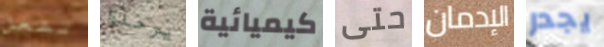
تفعل يرحلوا كيميائية حتى الإدمان يجدر